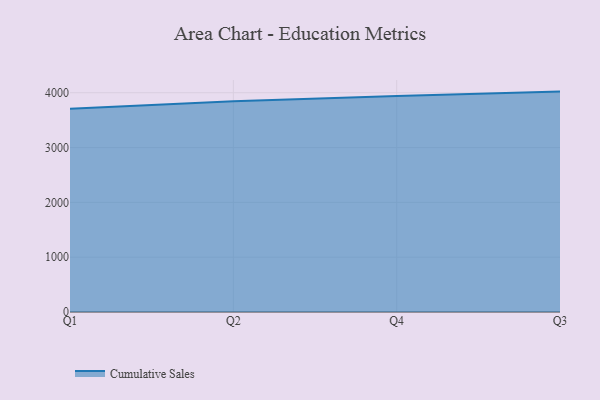
{"axis": {"x": "Quarter", "y": "Net Income (USD K)"}, "legend": ["Cumulative Sales"], "data": [{"x": "Q1", "y": 3707.4, "type": "Cumulative Sales"}, {"x": "Q2", "y": 3843.7, "type": "Cumulative Sales"}, {"x": "Q4", "y": 3941.4, "type": "Cumulative Sales"}, {"x": "Q3", "y": 4021.2, "type": "Cumulative Sales"}]}